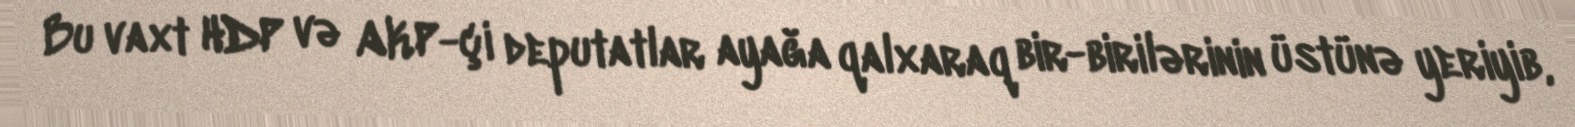
Bu vaxt HDP və AKP-çi deputatlar ayağa qalxaraq bir-birilərinin üstünə yeriyib,